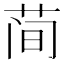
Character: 𫈉